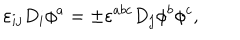
LaTeX: \varepsilon _ { i j } D _ { i } \phi ^ { a } = \pm \varepsilon ^ { a b c } D _ { j } \phi ^ { b } \phi ^ { c } ,